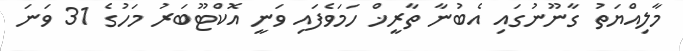
މާލިއްޔަތު ގާނޫނުގައި އެބުނާ ތާރީޚް ހަމަވެފައި ވަނީ އޮކްޓޫބަރު މަހުގެ 31 ވަނަ